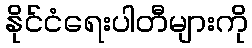
နိုင်ငံရေးပါတီများကို